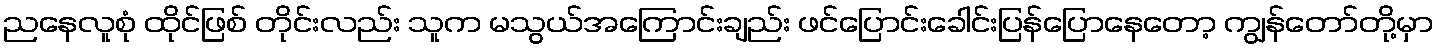
ညနေလူစုံ ထိုင်ဖြစ် တိုင်းလည်း သူက မသွယ်အကြောင်းချည်း ဖင်ပြောင်းခေါင်းပြန်ပြောနေတော့ ကျွန်တော်တို့မှာ